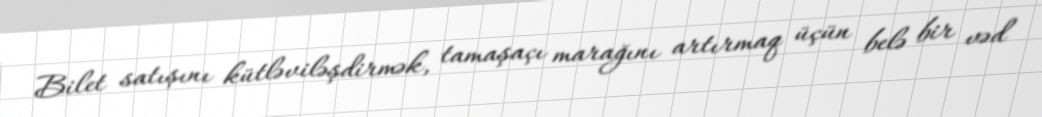
Bilet satışını kütləviləşdirmək, tamaşaçı marağını artırmaq üçün belə bir vəd